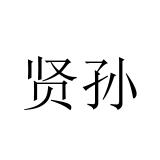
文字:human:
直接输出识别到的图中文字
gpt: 贤孙